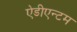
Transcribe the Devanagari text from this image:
ऐडीएन्टम